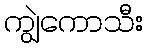
ကျွဲကောသီး